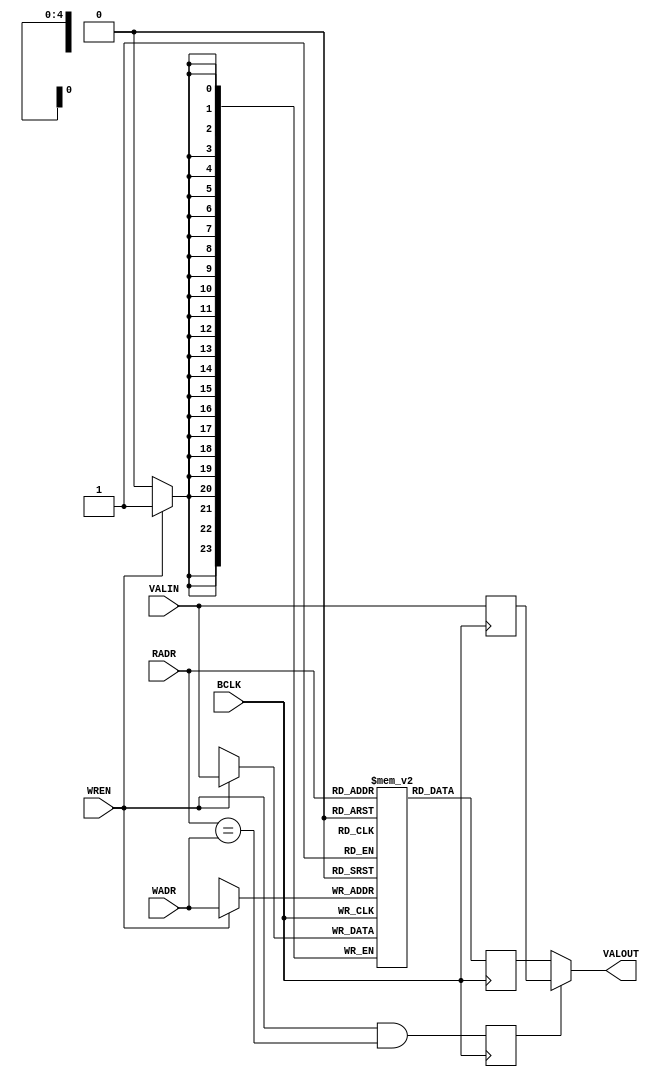
// +++++++++++++++++++++++++++++++++++++++++++++++++++++++++++++++++++++++++++++++++++++++++++++++++
//
// This file is part of the M32632 project
// http://opencores.org/project,m32632
//
//	Version:	2.0
//	History:	1.1 bug fix of 7 October 2015
//				1.0 first release of 30 Mai 2015
//
// Copyright (C) 2016 Udo Moeller
// 
// This source file may be used and distributed without 
// restriction provided that this copyright statement is not 
// removed from the file and that any derivative work contains 
// the original copyright notice and the associated disclaimer.
// 
// This source file is free software; you can redistribute it 
// and/or modify it under the terms of the GNU Lesser General 
// Public License as published by the Free Software Foundation;
// either version 2.1 of the License, or (at your option) any 
// later version. 
// 
// This source is distributed in the hope that it will be 
// useful, but WITHOUT ANY WARRANTY; without even the implied 
// warranty of MERCHANTABILITY or FITNESS FOR A PARTICULAR 
// PURPOSE. See the GNU Lesser General Public License for more 
// details. 
// 
// You should have received a copy of the GNU Lesser General 
// Public License along with this source; if not, download it 
// from http://www.opencores.org/lgpl.shtml 
// 
// +++++++++++++++++++++++++++++++++++++++++++++++++++++++++++++++++++++++++++++++++++++++++++++++++
//
//	Modules contained in this file:
//	1. NEU_VALID	Cache Valid RAM
//	2. DEBUG_AE  	Debug unit for address compare in data cache
//	3. MMU_UP		MMU memory update and initalization controller
//	4. DCA_CONTROL	Data cache valid memory update and initalization controller
//	5. MMU_MATCH	MMU virtual address match detector
//	6. CA_MATCH		Cache tag match detector
//	7. FILTCMP		Address Filter and Comparator
//	8. DCACHE_SM	Data cache state machine
//
// ++++++++++++++++++++++++++++++++++++++++++++++++++++++++++++++++++++++++++++++++++++++++++++++++++

// ++++++++++++++++++++++++++++++++++++++++++++++++++++++++++++++++++++++++++++++++++++++++++++++++++
//
//	1. NEU_VALID 	Cache Valid RAM
//
// ++++++++++++++++++++++++++++++++++++++++++++++++++++++++++++++++++++++++++++++++++++++++++++++++++
module NEU_VALID ( BCLK, VALIN, WADR, WREN, RADR, VALOUT );

	input			BCLK;
	input	[23:0]	VALIN;
	input	 [4:0]	WADR;
	input			WREN;
	input	 [4:0]	RADR;
	
	output	[23:0]	VALOUT;
	
	reg		[23:0]	cvalid [0:31];	// Valid bits for Data Set 0 and 1 : 32 entries of 24 bits
	reg		[23:0]	ramout;
	reg		[23:0]	valhold;
	reg				gleich;

	always @(posedge BCLK) ramout <= cvalid[RADR];
	always @(posedge BCLK) if (WREN) cvalid[WADR] <= VALIN;
	
	always @(posedge BCLK) valhold <= VALIN;
	always @(posedge BCLK) gleich  <= WREN & (RADR == WADR);
	
	assign VALOUT = gleich ? valhold : ramout;
	
endmodule

// ++++++++++++++++++++++++++++++++++++++++++++++++++++++++++++++++++++++++++++++++++++++++++++++++++
//
//	2. DEBUG_AE  	Debug unit for address compare in data cache
//
// ++++++++++++++++++++++++++++++++++++++++++++++++++++++++++++++++++++++++++++++++++++++++++++++++++
module DEBUG_AE ( DBG_IN, READ, WRITE, USER, VIRTUELL, ACC_OK, VADR_R, MMU_Q, ENBYTE, DBG_HIT );

	input	[40:2]	DBG_IN;
	
	input			READ,WRITE;
	input			USER;
	input			VIRTUELL;
	input			ACC_OK;
	input	[31:2]	VADR_R;
	input	[19:0]	MMU_Q;
	input	 [3:0]	ENBYTE;
	
	output	 		DBG_HIT;
	
	wire			sd,ud,crd,cwr,vnp;
	wire			make;
	wire			virt_adr,real_adr,page_adr;
	wire			byte_en;
	
	assign sd  = DBG_IN[40];
	assign ud  = DBG_IN[39];
	assign crd = DBG_IN[38];
	assign cwr = DBG_IN[37];
	assign vnp = DBG_IN[36];
	
	assign make =  ((ud & USER) | (sd & ~USER))		// compare USER or SUPERVISOR
				 & (VIRTUELL == vnp)				// compare real or virtual address
				 & ((cwr & WRITE) | (crd & READ));	// compare READ or WRITE
	
	assign virt_adr = (MMU_Q 		 == DBG_IN[31:12]);
	assign real_adr = (VADR_R[31:12] == DBG_IN[31:12]);
	assign page_adr = (VADR_R[11:2]	 == DBG_IN[11:2]);
	
	assign byte_en  = |(ENBYTE & DBG_IN[35:32]);
	
	assign DBG_HIT  =  ACC_OK		// all valid
					 & make			// selection is valid
					 & (VIRTUELL ? virt_adr : real_adr)	& page_adr	// address
					 & byte_en;		// Byte Enable
					 
endmodule

// ++++++++++++++++++++++++++++++++++++++++++++++++++++++++++++++++++++++++++++++++++++++++++++++++++
//
//	3. MMU_UP		MMU memory update and initalization controller
//
// ++++++++++++++++++++++++++++++++++++++++++++++++++++++++++++++++++++++++++++++++++++++++++++++++++
module MMU_UP ( BCLK, BRESET, NEW_PTB, PTB1, IVAR, WR_MRAM, VADR, VADR_R, MVALID, UPDATE,
				WE_MV, WADR_MV, RADR_MV, DAT_MV, NEW_PTB_RUN );

	input			BCLK;
	input			BRESET;	
	input			NEW_PTB;	// the MMU memory is cleared. Pulse of one BCLK cycle, Op-Dec is waiting
	input			PTB1;		// which one
	input			IVAR;
	input			WR_MRAM;	// BCLK : update MRAM and MMU_VAL
	input  [19:16]	VADR,VADR_R;	// For update
	input	[31:0]	MVALID,UPDATE;
	
	output			WE_MV;		// Write Enable MMU Valid
	output	 [3:0]	WADR_MV,RADR_MV;
	output	[31:0]	DAT_MV;
	output			NEW_PTB_RUN;
	
	reg				neue_ptb,wr_flag,old_rst,run_over;
	reg		 [3:0]	count;
	
	wire	[15:0]	new_val;
	
	assign WE_MV   = wr_flag | WR_MRAM | IVAR;	// write on falling edge BCLK
	assign RADR_MV = run_over ? count : VADR;
	assign WADR_MV = wr_flag ? (count - 4'b0001) : VADR_R;
	assign DAT_MV  = wr_flag ? {MVALID[31:16],new_val} : UPDATE;	// Only the matching entries are cleared : PTB0/PTB1

	// [31:16] Address-Space memory, [15:0] Valid memory
	assign new_val = neue_ptb ? (PTB1 ? (MVALID[15:0] & ~MVALID[31:16]) : (MVALID[15:0] & MVALID[31:16])) : 16'h0;
	
	always @(posedge BCLK or negedge BRESET)
		if (!BRESET) neue_ptb <= 1'b0;
			else neue_ptb <= NEW_PTB | (neue_ptb & run_over);
			
	always @(posedge BCLK) old_rst <= BRESET;	// after Reset all will be set to 0 
	
	always @(posedge BCLK) run_over <= ((~old_rst | NEW_PTB) | (run_over & (count != 4'hF))) & BRESET;
	
	always @(posedge BCLK) count <= run_over ? count + 4'h1 : 4'h0;
	
	always @(posedge BCLK) wr_flag <= run_over;

	assign NEW_PTB_RUN = wr_flag;	// Info to Op-Dec
	
endmodule

// ++++++++++++++++++++++++++++++++++++++++++++++++++++++++++++++++++++++++++++++++++++++++++++++++++
//
//	4. DCA_CONTROL	Data cache valid memory update and initalization controller
//
// ++++++++++++++++++++++++++++++++++++++++++++++++++++++++++++++++++++++++++++++++++++++++++++++++++
module DCA_CONTROL ( BCLK, MCLK, BRESET, CUPDATE, DRAM_ACC, CA_SET, HIT_ALL, WRCFG, VADR_R, UPDATE, INVAL_A, WRITE,
					 WCTRL, KILL, WRCRAM0, WRCRAM1, WE_CV, WADR_CV, DAT_CV, INIT_CA_RUN, WRSET0, WRSET1 );

	input			BCLK;
	input			MCLK;
	input			BRESET;
	input			CUPDATE;	// State CUPDATE : Cache is filled from DRAM
	input			DRAM_ACC;
	input			CA_SET;
	input			HIT_ALL;	// a complete cache hit !
	input			WRCFG;		// static signal : GND or VDD
	input	[11:7]	VADR_R;
	input	[23:0]	UPDATE;
	input			INVAL_A;
	input			WRITE;
	input	 [1:0]	WCTRL;		// [1] : Read Burst Signal from DRAM controller, MCLK aligned. [0] : Cache inhibit
	input			KILL;		// valid Ram must be updated because of collision ... or CINV
	
	output			WRCRAM0,WRCRAM1;
	output			WE_CV;
	output	 [4:0]	WADR_CV;
	output	[23:0]	DAT_CV;
	output			INIT_CA_RUN;
	output			WRSET0,WRSET1;
	
	reg		 [1:0]	state;
	reg		 [4:0]	acount;
	reg				ca_set_d;

	reg				dly_bclk,zero,wr_puls;
	reg		 [2:0]	count,refer;
	
	wire			countf;
	
	always @(posedge BCLK) if (DRAM_ACC) ca_set_d <= CA_SET;	// Store for whole access

	// physical address is stored in TAG-RAM

	assign WRCRAM0 = (CUPDATE & ~WCTRL[0]) & ~ca_set_d;
	assign WRCRAM1 = (CUPDATE & ~WCTRL[0]) &  ca_set_d;
	
	// Load Valid RAM :
	
	assign WE_CV   = state[1] | HIT_ALL | (CUPDATE & ~WCTRL[0]) | KILL; // Hit All for "Last" Update
	assign WADR_CV = state[1] ? acount : VADR_R;
	assign DAT_CV  = state[1] ? 24'h0 : UPDATE;	

	// Clear of Cache-Valid RAMs : 32 clocks of BCLK
	
	assign countf = (acount == 5'h1F);
	
	always @(posedge BCLK)
		casex ({BRESET,INVAL_A,countf,state[1:0]})
		  5'b0xx_xx : state <= 2'b01;
		  5'b1xx_01 : state <= 2'b10;		// start counter
		  5'b10x_00 : state <= 2'b00;		// wait ...
		  5'b11x_00 : state <= 2'b10;
		  5'b1x0_10 : state <= 2'b10;
		  5'b1x1_10 : state <= 2'b00;
		  default   : state <= 2'b0;
		endcase
	
	always @(posedge BCLK) if (!state[1]) acount <= 5'h0; else acount <= acount + 5'h01;

	assign INIT_CA_RUN = state[1];
	
	// WRITE Control in data RAMs
	assign WRSET0 = ( ~CA_SET & WRITE & HIT_ALL & wr_puls) | (WCTRL[1] & ~ca_set_d);
	assign WRSET1 = (  CA_SET & WRITE & HIT_ALL & wr_puls) | (WCTRL[1] &  ca_set_d);
	
	// ++++++++++++ Special circuit for Timing of write pulse for data RAM of data cache +++++++++
	
	always @(negedge MCLK) dly_bclk <= BCLK;
	
	always @(negedge MCLK) zero <= BCLK & ~dly_bclk;
	
	always @(posedge MCLK) if (zero) count <= 3'd0; else count <= count + 3'd1;
	
	//    count at zero , ref Wert
	// 1 : --- always on	5 : 100  001
	// 2 : 001  000			6 : 101  010
	// 3 : 010  010			7 : 110  011
	// 4 : 011  000			8 : 111  100
	always @(posedge MCLK) if (zero) refer <= {(count == 3'd7),((count == 3'd5) | (count[1:0] == 2'b10)),(count[2] & ~count[0])};
	
	always @(posedge MCLK) wr_puls <= (count == refer) | WRCFG;
	
endmodule
								
// ++++++++++++++++++++++++++++++++++++++++++++++++++++++++++++++++++++++++++++++++++++++++++++++++++
//
//	5. MMU_MATCH	MMU virtual address match detector
//
// ++++++++++++++++++++++++++++++++++++++++++++++++++++++++++++++++++++++++++++++++++++++++++++++++++
module MMU_MATCH ( USER, READ, WRITE, RMW, MCR_FLAGS, MVALID, VADR_R, MMU_VA, IVAR,
				   VIRTUELL, MMU_HIT , UPDATE, PROT_ERROR, CI, SEL_PTB1 );

	input			USER;
	input			READ;
	input			WRITE;
	input			RMW;
	input	 [2:0]	MCR_FLAGS;
	input	[31:0]	MVALID;
	input  [31:12]	VADR_R;
	input  [31:16]	MMU_VA;
	input	 [1:0]	IVAR;	// Invalidate Entry
	
	output			VIRTUELL;	// only for Adress-Mux
	output			MMU_HIT;
	output	[31:0]	UPDATE;
	output	reg		PROT_ERROR;	// if valid must suppress write in Write Buffer and cache
	output			CI,SEL_PTB1;
	
	reg		[15:0]	maske;

	wire			adr_space,as_sorte,match,alles_ok;
	wire	[15:0]	val_bits,as_bits;
	wire			ena_prot;
	wire			zugriff;
	
	assign zugriff = READ | WRITE;
	
	always @(VADR_R)
		case (VADR_R[15:12])
		  4'h0 : maske = 16'h0001;
		  4'h1 : maske = 16'h0002;
		  4'h2 : maske = 16'h0004;
		  4'h3 : maske = 16'h0008;
		  4'h4 : maske = 16'h0010;
		  4'h5 : maske = 16'h0020;
		  4'h6 : maske = 16'h0040;
		  4'h7 : maske = 16'h0080;
		  4'h8 : maske = 16'h0100;
		  4'h9 : maske = 16'h0200;
		  4'hA : maske = 16'h0400;
		  4'hB : maske = 16'h0800;
		  4'hC : maske = 16'h1000;
		  4'hD : maske = 16'h2000;
		  4'hE : maske = 16'h4000;
		  4'hF : maske = 16'h8000;
		endcase
		
	assign VIRTUELL = USER ? MCR_FLAGS[0] : MCR_FLAGS[1];
	
	assign adr_space = IVAR[1] ? IVAR[0] : (MCR_FLAGS[2] & USER);	// adr_space = IVARx ? 1 or 0 : DualSpace & TU
	
	assign as_sorte = ((MVALID[31:16] & maske) != 16'h0);
		  
	assign match = (VADR_R[31:20] == MMU_VA[31:20]) & (adr_space == as_sorte) & ((MVALID[15:0] & maske) != 16'h0000);
	
	assign alles_ok = match & ( ~WRITE | MMU_VA[17] ) & ~PROT_ERROR;	// Modified - Flag : reload the PTE
	
	// if MMU_HIT = 0 then there is no Write-Buffer access and no update of cache !
	assign MMU_HIT = zugriff ? ( VIRTUELL ? alles_ok : 1'b1 ) : 1'b0 ;	// MMU off : then always HIT

	assign val_bits = IVAR[1] ? (MVALID[15:0] & (match ? ~maske : 16'hFFFF)) : (MVALID[15:0] | maske);
	assign as_bits  = IVAR[1] ? MVALID[31:16] : (adr_space ? (MVALID[31:16] | maske) : (MVALID[31:16] & ~maske));
	
	assign UPDATE = {as_bits,val_bits};

	assign ena_prot = zugriff & VIRTUELL & match;
	
	// A Protection error must suppress write in WB and cache
	always @(ena_prot or MMU_VA or USER or WRITE or RMW)
		case ({ena_prot,MMU_VA[19:18]})
		   3'b100 : PROT_ERROR = USER | WRITE | RMW;	// Only Supervisor READ
		   3'b101 : PROT_ERROR = USER;					// no USER access
		   3'b110 : PROT_ERROR = USER & (WRITE | RMW);	// USER only READ
		  default : PROT_ERROR = 1'b0;
		endcase
		
	assign CI = VIRTUELL & MMU_VA[16];
	assign SEL_PTB1 = adr_space;		// For PTE update
		
endmodule

// ++++++++++++++++++++++++++++++++++++++++++++++++++++++++++++++++++++++++++++++++++++++++++++++++++
//
//	6. CA_MATCH		Cache tag match detector
//
// ++++++++++++++++++++++++++++++++++++++++++++++++++++++++++++++++++++++++++++++++++++++++++++++++++
module CA_MATCH ( CVALID, DRAMSZ, ADDR, TAG0, TAG1, CFG, WRITE, MMU_HIT, CI, INVAL_L, KDET, ENDRAM, DC_ILO,
				  CA_HIT, CA_SET, UPDATE, IO_SPACE, USE_CA, WB_ACC, KILL );

	input	[23:0]	CVALID;
	input	 [2:0]	DRAMSZ;
	input	[31:4]	ADDR;
	input  [27:12]	TAG0,TAG1;
	input	 [1:0]	CFG;	// LDC , DC
	input			WRITE;
	input			MMU_HIT;
	input			CI;
	input			INVAL_L;	// invalid cache line
	input			KDET;
	input			ENDRAM;
	input			DC_ILO;		// CBITI/SBITI special case
	
	output			CA_HIT;
	output			CA_SET;	// if no Hit then says SET where to store
	output	[23:0]	UPDATE;	// Update Information for CVALID memory 
	output			IO_SPACE;
	output			USE_CA;
	output			WB_ACC;
	output			KILL;
	
	reg		 [7:0]	maske;
	reg		 [4:0]	szmaske;
	
	wire			match_0,match_1;
	wire			valid_0,valid_1;
	wire			select;
	wire			clear;
	wire	 [7:0]	update_0,update_1,lastinfo;
	wire			sel_dram,filter;
	
	always @(ADDR)
		case (ADDR[6:4])
		  3'h0 : maske = 8'h01;
		  3'h1 : maske = 8'h02;
		  3'h2 : maske = 8'h04;
		  3'h3 : maske = 8'h08;
		  3'h4 : maske = 8'h10;
		  3'h5 : maske = 8'h20;
		  3'h6 : maske = 8'h40;
		  3'h7 : maske = 8'h80;
		endcase
		
	assign valid_0 = (( CVALID[7:0] & maske) != 8'h00);
	assign valid_1 = ((CVALID[15:8] & maske) != 8'h00);
	
	assign match_0 = ( TAG0 == ADDR[27:12] );	// 4KB
	assign match_1 = ( TAG1 == ADDR[27:12] );	// 4KB

	assign CA_HIT = ((valid_0 & match_0) | (valid_1 & match_1)) & ~DC_ILO & CFG[0];
	
	// which SET is written in cache miss ? If both are valid the last used is not taken
	assign select = (valid_1 & valid_0) ? ~((CVALID[23:16] & maske) != 8'h00) : valid_0;	// Last-used field = CVALID[23:16]
	
	assign CA_SET = CA_HIT ? (valid_1 & match_1) : select;
	
	assign clear = INVAL_L | KDET;	// INVAL_L is from CINV
 
	assign update_0 = CA_SET ? CVALID[7:0] : (clear ? (CVALID[7:0] & ~maske) : (CVALID[7:0] | maske));
	assign update_1 = CA_SET ? (clear ? (CVALID[15:8] & ~maske) : (CVALID[15:8] | maske)) : CVALID[15:8];
	
	assign lastinfo = CA_HIT ? (CA_SET ? (CVALID[23:16] | maske) : (CVALID[23:16] & ~maske)) : CVALID[23:16];
	
	assign UPDATE = {lastinfo,update_1,update_0};
	
	assign KILL = clear & CA_HIT & ~CFG[1];		// only if cache is not locked
	
	always @(DRAMSZ)	// Size of DRAM
		casex (DRAMSZ)
		   3'b00x : szmaske = 5'h1F;	//   8 MB 32016 Second Processor
	// 	   3'b001 reserved for Ceres III
		   3'b01x : szmaske = 5'h10;	// 128 MB MCUBE
		default   : szmaske = 5'h00;	// 256 MB NetBSD
		endcase
	
	assign filter   = ((ADDR[27:23] & szmaske) == 5'd0);
	assign sel_dram =  (ADDR[31:28] == 4'd0) & filter & ENDRAM;
	assign IO_SPACE = ~sel_dram;					// not DRAM or DRAM ist off
	
	assign USE_CA   = ~CI & ~DC_ILO & CFG[0] & ~CFG[1];	// CI ? ILO ? Cache on ? Locked Cache ? 
	assign WB_ACC   = WRITE & MMU_HIT & sel_dram;
	
endmodule

// ++++++++++++++++++++++++++++++++++++++++++++++++++++++++++++++++++++++++++++++++++++++++++++++++++
//
//	7. FILTCMP		Address Filter and Comparator
//
// ++++++++++++++++++++++++++++++++++++++++++++++++++++++++++++++++++++++++++++++++++++++++++++++++++
module FILTCMP ( DRAMSZ, RADR, DRAM_A, ADR_EQU, TAGDAT );

	input	 [2:0]	DRAMSZ;
	input	[27:4]	RADR,DRAM_A;
	
	output			ADR_EQU;
	output reg	[27:12]	TAGDAT;

	reg	   [27:23]	adram;
	
	always @(DRAMSZ or RADR)
		casex (DRAMSZ)
		  3'b00x : TAGDAT = {5'd0,RADR[22:12]};	//   8 MB
		  3'bx10 : TAGDAT = {3'd0,RADR[24:12]};	//  32 MB
		  3'bx11 : TAGDAT = {2'd0,RADR[25:12]};	//  64 MB
		  3'b100 : TAGDAT = {1'd0,RADR[26:12]};	// 128 MB
		  3'b101 : TAGDAT =       RADR[27:12] ;	// 256 MB
		endcase
		
	always @(DRAMSZ or DRAM_A)	// The address comparator is only used in the data cache.
		casex (DRAMSZ)
		  3'b00x : adram =  5'd0;					//   8 MB
		  3'bx10 : adram = {3'd0,DRAM_A[24:23]};	//  32 MB
		  3'bx11 : adram = {2'd0,DRAM_A[25:23]};	//  64 MB
		  3'b100 : adram = {1'd0,DRAM_A[26:23]};	// 128 MB
		  3'b101 : adram =       DRAM_A[27:23] ;	// 256 MB
		endcase

	assign ADR_EQU = {TAGDAT,RADR[11:4]} == {adram,DRAM_A[22:4]};

endmodule

// ++++++++++++++++++++++++++++++++++++++++++++++++++++++++++++++++++++++++++++++++++++++++++++++++++
//
//	8. DCACHE_SM	Data cache state machine
//
// ++++++++++++++++++++++++++++++++++++++++++++++++++++++++++++++++++++++++++++++++++++++++++++++++++
module DCACHE_SM ( BCLK, BRESET, IO_SPACE, MDONE, IO_READY, MMU_HIT, CA_HIT, READ, WRITE, ZTEST, RMW, CAPDAT, VADR_R, IC_VA, 
				   USE_CA, PTB_WR, PTB_SEL, SEL_PTB1, CPU_OUT, USER, PROT_ERROR, WB_ACC, ENWR, ADR_EQU, IC_PREQ, DMA_CHK, ICTODC,
				   RWVAL, VIRTUELL, QWATWO,
				   DRAM_ACC, DRAM_WR, IO_ACC, IO_RD, IO_WR, PTE_MUX, PD_MUX, PKEEP, PTE_ADR, PTE_DAT, HIT_ALL, ACC_OK,
				   ABORT, PROTECT, IACC_STAT, ABO_LEVEL1, WR_MRAM, CUPDATE, AUX_DAT, NEW_PTB, PTB_ONE, MMU_DIN, IC_SIGS, KOMUX,
				   KDET, DMA_MUX, HLDA, RWVFLAG, PTE_STAT );

	input			BCLK;
	input			BRESET;
	input			IO_SPACE;
	input			MDONE;		// Memory Done : feedback from DRAM Controller, BCLK aligned !
	input			IO_READY;
	input			MMU_HIT,CA_HIT;
	input			READ,WRITE,ZTEST,RMW;
	input	[31:0]	CAPDAT;
	input  [31:12]	VADR_R,IC_VA;
	input			USE_CA;
	input			PTB_WR,PTB_SEL;
	input			SEL_PTB1;
	input  [27:12]	CPU_OUT;	// used for PTB0/1
	input			USER;
	input			PROT_ERROR;
	input			WB_ACC;
	input			ENWR;		// Enable WRITE from DRAM
	input			ADR_EQU;
	input			IC_PREQ;
	input			DMA_CHK;
	input	 [3:0]	ICTODC;		// multiple signals from ICACHE, especially DMA
	input	 [1:0]	RWVAL;		// RDVAL+WRVAL Operation
	input			VIRTUELL;	// for RDVAL/WRVAL
	input			QWATWO;
	
	output	reg		DRAM_ACC,DRAM_WR;
	output			IO_ACC,IO_RD,IO_WR;
	output			PTE_MUX,PD_MUX,PKEEP;
	output	[27:0]	PTE_ADR;
	output	[19:0]	PTE_DAT;
	output			HIT_ALL;
	output			ACC_OK;
	output			ABORT,PROTECT;
	output	 [3:1]	IACC_STAT;
	output			ABO_LEVEL1;
	output			WR_MRAM;
	output			CUPDATE;
	output			AUX_DAT;
	output	reg		NEW_PTB;
	output	reg		PTB_ONE;
	output	[23:0]	MMU_DIN;
	output	 [1:0]	IC_SIGS;
	output			KOMUX;
	output			KDET;		// Signal for detection of collision
	output			DMA_MUX;
	output			HLDA;		// active low
	output			RWVFLAG;	// RDVAL/WRVAL result
	output	 [1:0]	PTE_STAT;
	
	reg				IO_WR,IO_RD;
	reg		 [1:0]	pl_dat;
	reg		 [6:0]	new_state;
	reg		 [2:0]	cap_dat;	// only for analyse of timing
	reg				mem_done;
	reg				rd_done;
	reg		 [2:0]	pstate;
	reg				pte_run_wr;
	reg		 [1:0]	prot_level1;
	reg				card_flag;
	reg	   [27:12]	ptb0,ptb1;
	reg				write_ok;
	reg				icp_acc;
	reg				pte_modi;
	reg		 [2:0]	ko_state;
	reg				dma_run;
	reg				dma_kdet;
	reg				rwv_bit;
	reg				prot_i;
	reg				rd_rdy;
	
	wire   [27:12]	ptb10;
	wire   [31:12]	virtual_adr;
	wire			io_busy;
	wire			dram_go;
	wire			pte_sel;
	wire			pte_acc;
	wire			do_ca_rd,pte_go,do_ic_p;
	wire			valid,valid_a,refer,modi;
	wire			level1,level2;
	wire			rd_level2;
	wire			wr_req;
	wire			wr_dram;
	wire			wr_icmram;
	wire			rd_ende;
	wire			pte_dat_8;
	wire			pte_wr_sig;
	wire			run_dc;
	wire			kostart;
	wire			dma;
	wire			dma_go;
	wire			zugriff;
	wire			mmu_hit_i;
	wire			do_zt;
	wire			zt_ok;
	wire	 [1:0]	acc_level;
	wire			user_ptw,wr_ptw;
	wire			pte_puls;
	
	always @(posedge BCLK) cap_dat <= CAPDAT[2:0];
	
	// if USER not virtual then ZTEST is quickly done
	assign zugriff = READ | WRITE | (ZTEST & VIRTUELL);
	assign mmu_hit_i = MMU_HIT & ~ZTEST;
	
	// WB_ACC is a successful WRITE access, ICTODC[0] is coherent Logik release : >=3 entries in FIFO
	assign wr_req = WB_ACC & ((ENWR & ICTODC[0]) | (DRAM_WR & ADR_EQU));	// release done by DRAM signal ENWR

	assign rd_ende = CA_HIT | rd_rdy;	// CA_HIT only when Cache activ !
	
	always @(	 zugriff 	// READ or WRITE or ZTEST , global control
			  or PROT_ERROR	// must not be
			//
			  or IO_SPACE	// access of IO world
			  or io_busy	// is access already running ?
			//
			  or mmu_hit_i	// Hit in MMU , now only a READ can happen
			  or READ
			  or wr_req
			  or rd_ende	// Cache Hit
			//
			  or DRAM_ACC 	// DRAM Access : shows an active state
			  or pte_acc 	// PTE access is running
			//
			  or IC_PREQ 	// PTE Request from ICACHE
			//
			  or dma		// DMA Request
			  or dma_run )	// DMA running
			//					 #_#			  #_#						    #_#					    #_#
		casex ({zugriff,PROT_ERROR,IO_SPACE,io_busy,mmu_hit_i,READ,wr_req,rd_ende,DRAM_ACC,pte_acc,IC_PREQ,dma,dma_run})
		// MMU Miss : PTE load from memory , valid too if WRITE and M=0
		  13'b10_xx_0xxx_x0_x_x0 : new_state = 7'b0001010;	// start PTE access
	  	// IO-Address selected : external access starts if not busy because of WRITE
		  13'b10_10_1xxx_x0_x_x0 : new_state = 7'b0000001;
		// DRAM access : Cache Miss at READ : 
		  13'b10_0x_1100_00_x_x0 : new_state = 7'b0010010;
		// DRAM access : WRITE
		  13'b10_0x_101x_x0_x_x0 : new_state = 7'b0000100;
		// PTE Request ICACHE , IO access with WRITE is stored - parallel DRAM access possible
		  13'b0x_xx_xxxx_x0_1_x0 : new_state = 7'b0101010;	// no access
		  13'b10_0x_1101_x0_1_x0 : new_state = 7'b0101010;	// if successful READ a PTE access can happen in parallel
		// DMA access. Attention : no IO-Write access in background and no ICACHE PTE access !
		  13'b0x_x0_xxxx_x0_0_10 : new_state = 7'b1000000;	// DMA access is started
		  default 				 : new_state = 7'b0;
		endcase
		
	assign IO_ACC   = new_state[0];	// to load registers for data, addr und BE, signal one pulse
	assign dram_go  = new_state[1] | rd_level2 ;
	assign wr_dram  = new_state[2];	// pulse only
	assign pte_go   = new_state[3];
	assign do_ca_rd = new_state[4];
	assign do_ic_p	= new_state[5];
	assign dma_go	= new_state[6];

	// ZTEST logic is for the special case when a write access is crossing page boundaries
	
	assign do_zt = ZTEST & ~icp_acc;
	
	// 0 is pass , 1 is blocked. RWVAL[0] is 1 if WRVAL. Level 1 can only be blocked, otherwise ABORT or Level 2 is following.
	always @(posedge BCLK) if (mem_done) rwv_bit <= level2 ? ~(cap_dat[2] & (~RWVAL[0] | cap_dat[1])) : 1'b1;
	
	assign RWVFLAG = VIRTUELL & rwv_bit;
	
	assign zt_ok = mem_done & (RWVAL[1] ? (~cap_dat[2] | (RWVAL[0] & ~cap_dat[1]) | level2)	// Level 2 always ok
										: (cap_dat[0] & ~prot_i & level2) );	// "normal" access

	// PTE access logic, normal state machine
	// Updates to the PTEs are normal WRITE request to DRAM, therefore no MDONE at Write
	
	assign modi  = ~CAPDAT[8] & WRITE & write_ok & ~icp_acc;	// is "1" if the Modified Bit must be set
	assign refer = CAPDAT[7] | do_zt;	// Assumption "R" Bit is set if RDVAL/WRVAL and page border test
	assign valid = (do_zt & RWVAL[1]) ? (cap_dat[2] & (cap_dat[1] | ~RWVAL[0]) & cap_dat[0] & level1)
									  : (cap_dat[0] & ~prot_i);
	
	always @(posedge BCLK) mem_done <= MDONE & pte_acc;
	
	always @(posedge BCLK or negedge BRESET)
		if (!BRESET) pstate <= 3'h0;
		  else
			casex ({pte_go,mem_done,valid,refer,modi,pte_run_wr,pstate})
			  9'b0x_xxxx_000 : pstate <= 3'd0;	// nothing to do
			  9'b1x_xxxx_000 : pstate <= 3'd4;	// start
			  9'bx0_xxxx_100 : pstate <= 3'd4;	// wait for Level 1
			  9'bx1_0xxx_100 : pstate <= 3'd0;	// THAT'S ABORT ! 
			  9'bx1_11xx_100 : pstate <= 3'd6;	// PTE Level 1 was referenced , next is Level 2
			  9'bx1_10xx_100 : pstate <= 3'd5;	// for writing of modified Level 1 : R=1
			  9'bxx_xxx0_101 : pstate <= 3'd5;	// write must wait
			  9'bxx_xxx1_101 : pstate <= 3'd6;	// one wait cycle
			  9'bx0_xxxx_110 : pstate <= 3'd6;	// wait for Level 2
			  9'bx1_0xxx_110 : pstate <= 3'd0;	// THAT'S ABORT !
			  9'bx1_10xx_110 : pstate <= 3'd7;	// Update neccesary : R=0
			  9'bx1_110x_110 : pstate <= 3'd0;	// all ok - end
			  9'bx1_111x_110 : pstate <= 3'd7;	// Update neccesary : M=0
			  9'bxx_xxx0_111 : pstate <= 3'd7;	// write must wait
			  9'bxx_xxx1_111 : pstate <= 3'd0;	// continues to end of DRAM write
			  default	     : pstate <= 3'd0;
			endcase
			
	assign pte_acc =  pstate[2];
	assign level1  = ~pstate[1];
	assign level2  =  pstate[1];
	
	assign valid_a = (ZTEST & RWVAL[1]) ? (cap_dat[2] & (cap_dat[1] | ~RWVAL[0]) & ~cap_dat[0] & level1)
										: ~cap_dat[0];	// not do_zt because of icp_acc in ABORT

	assign ABORT   =   mem_done & valid_a & ~icp_acc;
	assign PROTECT = ((mem_done & prot_i  & ~icp_acc) | PROT_ERROR) & ~(ZTEST & RWVAL[1]);	// no Protection-Error at RDVAL/WRVAL

	assign IACC_STAT[1] = mem_done & ~cap_dat[0] & icp_acc;
	assign IACC_STAT[2] = level1;
	assign IACC_STAT[3] = mem_done & prot_i & icp_acc;

	assign ABO_LEVEL1 = level1;	// is stored in case of ABORT in ADDR_UNIT
	
	assign rd_level2 = (pstate == 3'd5) | (mem_done & (pstate == 3'd4) & refer & valid);

	assign WR_MRAM   = mem_done &  (pstate == 3'd6) & valid & ~icp_acc & ~ZTEST;
	assign wr_icmram = mem_done &  (pstate == 3'd6) & valid &  icp_acc;
	
	// Signals to the Instruction Cache
	// pte_acc combined with icp_acc for STATISTIK.
	assign IC_SIGS = {(pte_acc & icp_acc),wr_icmram};
	
	assign PTE_MUX = pte_go | (pte_acc & ~pstate[1]);

	assign pte_puls = mem_done & pte_acc & ~pstate[1];
	assign PTE_STAT = {(pte_puls & icp_acc),(pte_puls & ~icp_acc)};	// only for statistic
	
	assign PD_MUX =  ((pstate == 3'd4) & mem_done & valid & ~refer)		// switch data-MUX, write level 1 too
				   | ((pstate == 3'd6) & mem_done & valid & (~refer | modi))	// write level 2
				   | (((pstate == 3'd5) | (pstate == 3'd7)) & ~pte_run_wr);

	assign pte_wr_sig = ENWR & PD_MUX;
	
	always @(posedge BCLK) pte_run_wr <= pte_wr_sig;	// Ok-Signal for pstate State-machine
	
	assign PKEEP = (pstate == 3'd6) | ((pstate == 3'd7) & ~pte_run_wr);	// keep the DRAM address
	
	// If there is a PTE still in the data cache it must be deleted. If MMU Bits are set by the pte engine a following
	// READ would deliver wrong data if cache hit. Therefore access of the Tags.
	always @(posedge BCLK or negedge BRESET)
		if (!BRESET) ko_state <= 3'b000;
		  else
			casex ({kostart,ko_state})
			  4'b0_000 : ko_state <= 3'b000;
			  4'b1_000 : ko_state <= 3'b110;
			  4'bx_110 : ko_state <= 3'b111;
			  4'bx_111 : ko_state <= 3'b100;
			  4'bx_100 : ko_state <= 3'b000;
			  default  : ko_state <= 3'b000;
			endcase
			
	assign kostart = pte_go | rd_level2;
	
	// ko_state[2] suppresses ACC_OK at READ
	assign run_dc = (~ko_state[2] | QWATWO) & ~dma_run;	// Bugfix of 7.10.2015
	assign KOMUX  =   ko_state[1] 			|  DMA_MUX;
	assign KDET   =   ko_state[0] 			|  dma_kdet;
	  
	assign HIT_ALL = MMU_HIT & CA_HIT & run_dc & ~pte_acc;	// for Update "Last-Set" , MMU_HIT contains ZUGRIFF
	
	always @(posedge BCLK or negedge BRESET)
		if (!BRESET) card_flag <= 1'b0;
			else card_flag <= (do_ca_rd & ~rd_rdy) | (card_flag & ~MDONE);
	
	assign CUPDATE = card_flag & USE_CA & MDONE;

	always @(posedge BCLK) rd_rdy <= card_flag & MDONE;
	
	// The cache RAM can not provide fast enough the data after an Update. In this case a secondary data path is activated
	assign AUX_DAT = rd_rdy;
	
	// DRAM interface :

	always @(posedge BCLK)				DRAM_WR  <= wr_dram | pte_wr_sig; // pulse
	always @(posedge BCLK) if (dram_go) DRAM_ACC <= 1'b1;
							 else
								DRAM_ACC <= DRAM_ACC & ~MDONE & BRESET;
	// IO interface :
	
	always @(posedge BCLK)
	  begin
		if (IO_ACC) IO_RD <= READ;  else IO_RD <= IO_RD & ~IO_READY & BRESET;
		if (IO_ACC) IO_WR <= WRITE; else IO_WR <= IO_WR & ~IO_READY & BRESET;
	  end
	  
	assign io_busy = IO_RD | IO_WR | rd_done;	// access is gone in next clock cycle, therefore blocked with "rd_done"
	
	always @(posedge BCLK) rd_done <= IO_RD & IO_READY;	// For READ one clock later for data to come through
	
	assign dma = ICTODC[2];	// external request HOLD after FF in ICACHE
	
	always @(posedge BCLK) dma_run <= (dma_go | (dma_run & dma)) & BRESET;	// stops the data access until HOLD becomes inactive
	
	assign HLDA = ~(ICTODC[1] & dma_run);	// Signal for system that the CPU has stopped accesses
	
	always @(posedge BCLK) dma_kdet <= DMA_CHK;
	assign DMA_MUX = DMA_CHK | dma_kdet;
	
	// global feedback to ADDR_UNIT, early feedback to Op-Dec : you can continue
	
	assign ACC_OK = ZTEST ? (~VIRTUELL | zt_ok)
						  : (IO_SPACE ? ((IO_ACC & WRITE) | rd_done) : (wr_dram | (READ & MMU_HIT & rd_ende & run_dc)) );
						  
	// PTB1 and PTB0
	
	always @(posedge BCLK) if (PTB_WR && !PTB_SEL) ptb0 <= CPU_OUT[27:12];
	always @(posedge BCLK) if (PTB_WR &&  PTB_SEL) ptb1 <= CPU_OUT[27:12];
	
	always @(posedge BCLK) NEW_PTB <= PTB_WR;			// to MMU Update Block
	always @(posedge BCLK) if (PTB_WR) PTB_ONE <= PTB_SEL;
	
	assign ptb10 = SEL_PTB1 ? ptb1 : ptb0;
	
	// Address multiplex between ICACHE=1 and DCACHE=0 :
	always @(posedge BCLK) if (pte_go) icp_acc <= do_ic_p;
				
	assign pte_sel = pte_go ? do_ic_p : icp_acc;
	
	assign virtual_adr = pte_sel ? IC_VA : VADR_R;
	
	// The 2 Address-LSB's : no full access : USE_CA = 0	
	assign PTE_ADR = rd_level2 ? {CAPDAT[27:12],virtual_adr[21:12],2'b00} : {ptb10,virtual_adr[31:22],2'b00};
	
	// PTE_DAT[8] is used for update of MMU_RAM.
	assign pte_dat_8 = (level2 & WRITE & write_ok & ~icp_acc) | CAPDAT[8];
	always @(posedge BCLK) pte_modi = pte_dat_8;
	assign PTE_DAT = {4'h3,CAPDAT[15:9],pte_modi,1'b1,CAPDAT[6:0]};	// the top 4 bits are Byte-Enable
	
	// The data for the MMU-RAM : 24 Bits , [6]=Cache Inhibit
	assign MMU_DIN = {pl_dat,pte_dat_8,CAPDAT[6],CAPDAT[31:12]};
	
	// Protection field
	
	always @(posedge BCLK) if (mem_done && (pstate[2:0] == 3'd4)) prot_level1 <= cap_dat[2:1];

	always @(prot_level1 or cap_dat)	
		casex ({prot_level1,cap_dat[2]})
		  3'b11_x : pl_dat = cap_dat[2:1];
		  3'b10_1 : pl_dat = 2'b10;
		  3'b10_0 : pl_dat = cap_dat[2:1];
		  3'b01_1 : pl_dat = 2'b01;
		  3'b01_0 : pl_dat = cap_dat[2:1];
		  3'b00_x : pl_dat = 2'b00;
		endcase
		
	always @(USER or pl_dat)	// is used if no PTE update is neccesary for M-Bit if writing is not allowed
		casex ({USER,pl_dat})
		  3'b1_11 : write_ok = 1'b1;
		  3'b0_1x : write_ok = 1'b1;
		  3'b0_01 : write_ok = 1'b1;
		  default : write_ok = 1'b0;
		endcase
		
	assign acc_level = level2 ? pl_dat : cap_dat[2:1];
	assign user_ptw = icp_acc ? ICTODC[3] : USER;
	assign wr_ptw = ~icp_acc & (WRITE | RMW | (ZTEST & ~RWVAL[1]));	// only data cache can write
	
	always @(acc_level or user_ptw or wr_ptw)
		case (acc_level)
			2'b00 : prot_i = user_ptw | wr_ptw;
			2'b01 : prot_i = user_ptw;
			2'b10 : prot_i = user_ptw & wr_ptw;
			2'b11 : prot_i = 1'b0;
		endcase
		
endmodule